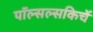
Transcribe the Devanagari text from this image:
पॉल्सल्सकिर्चे